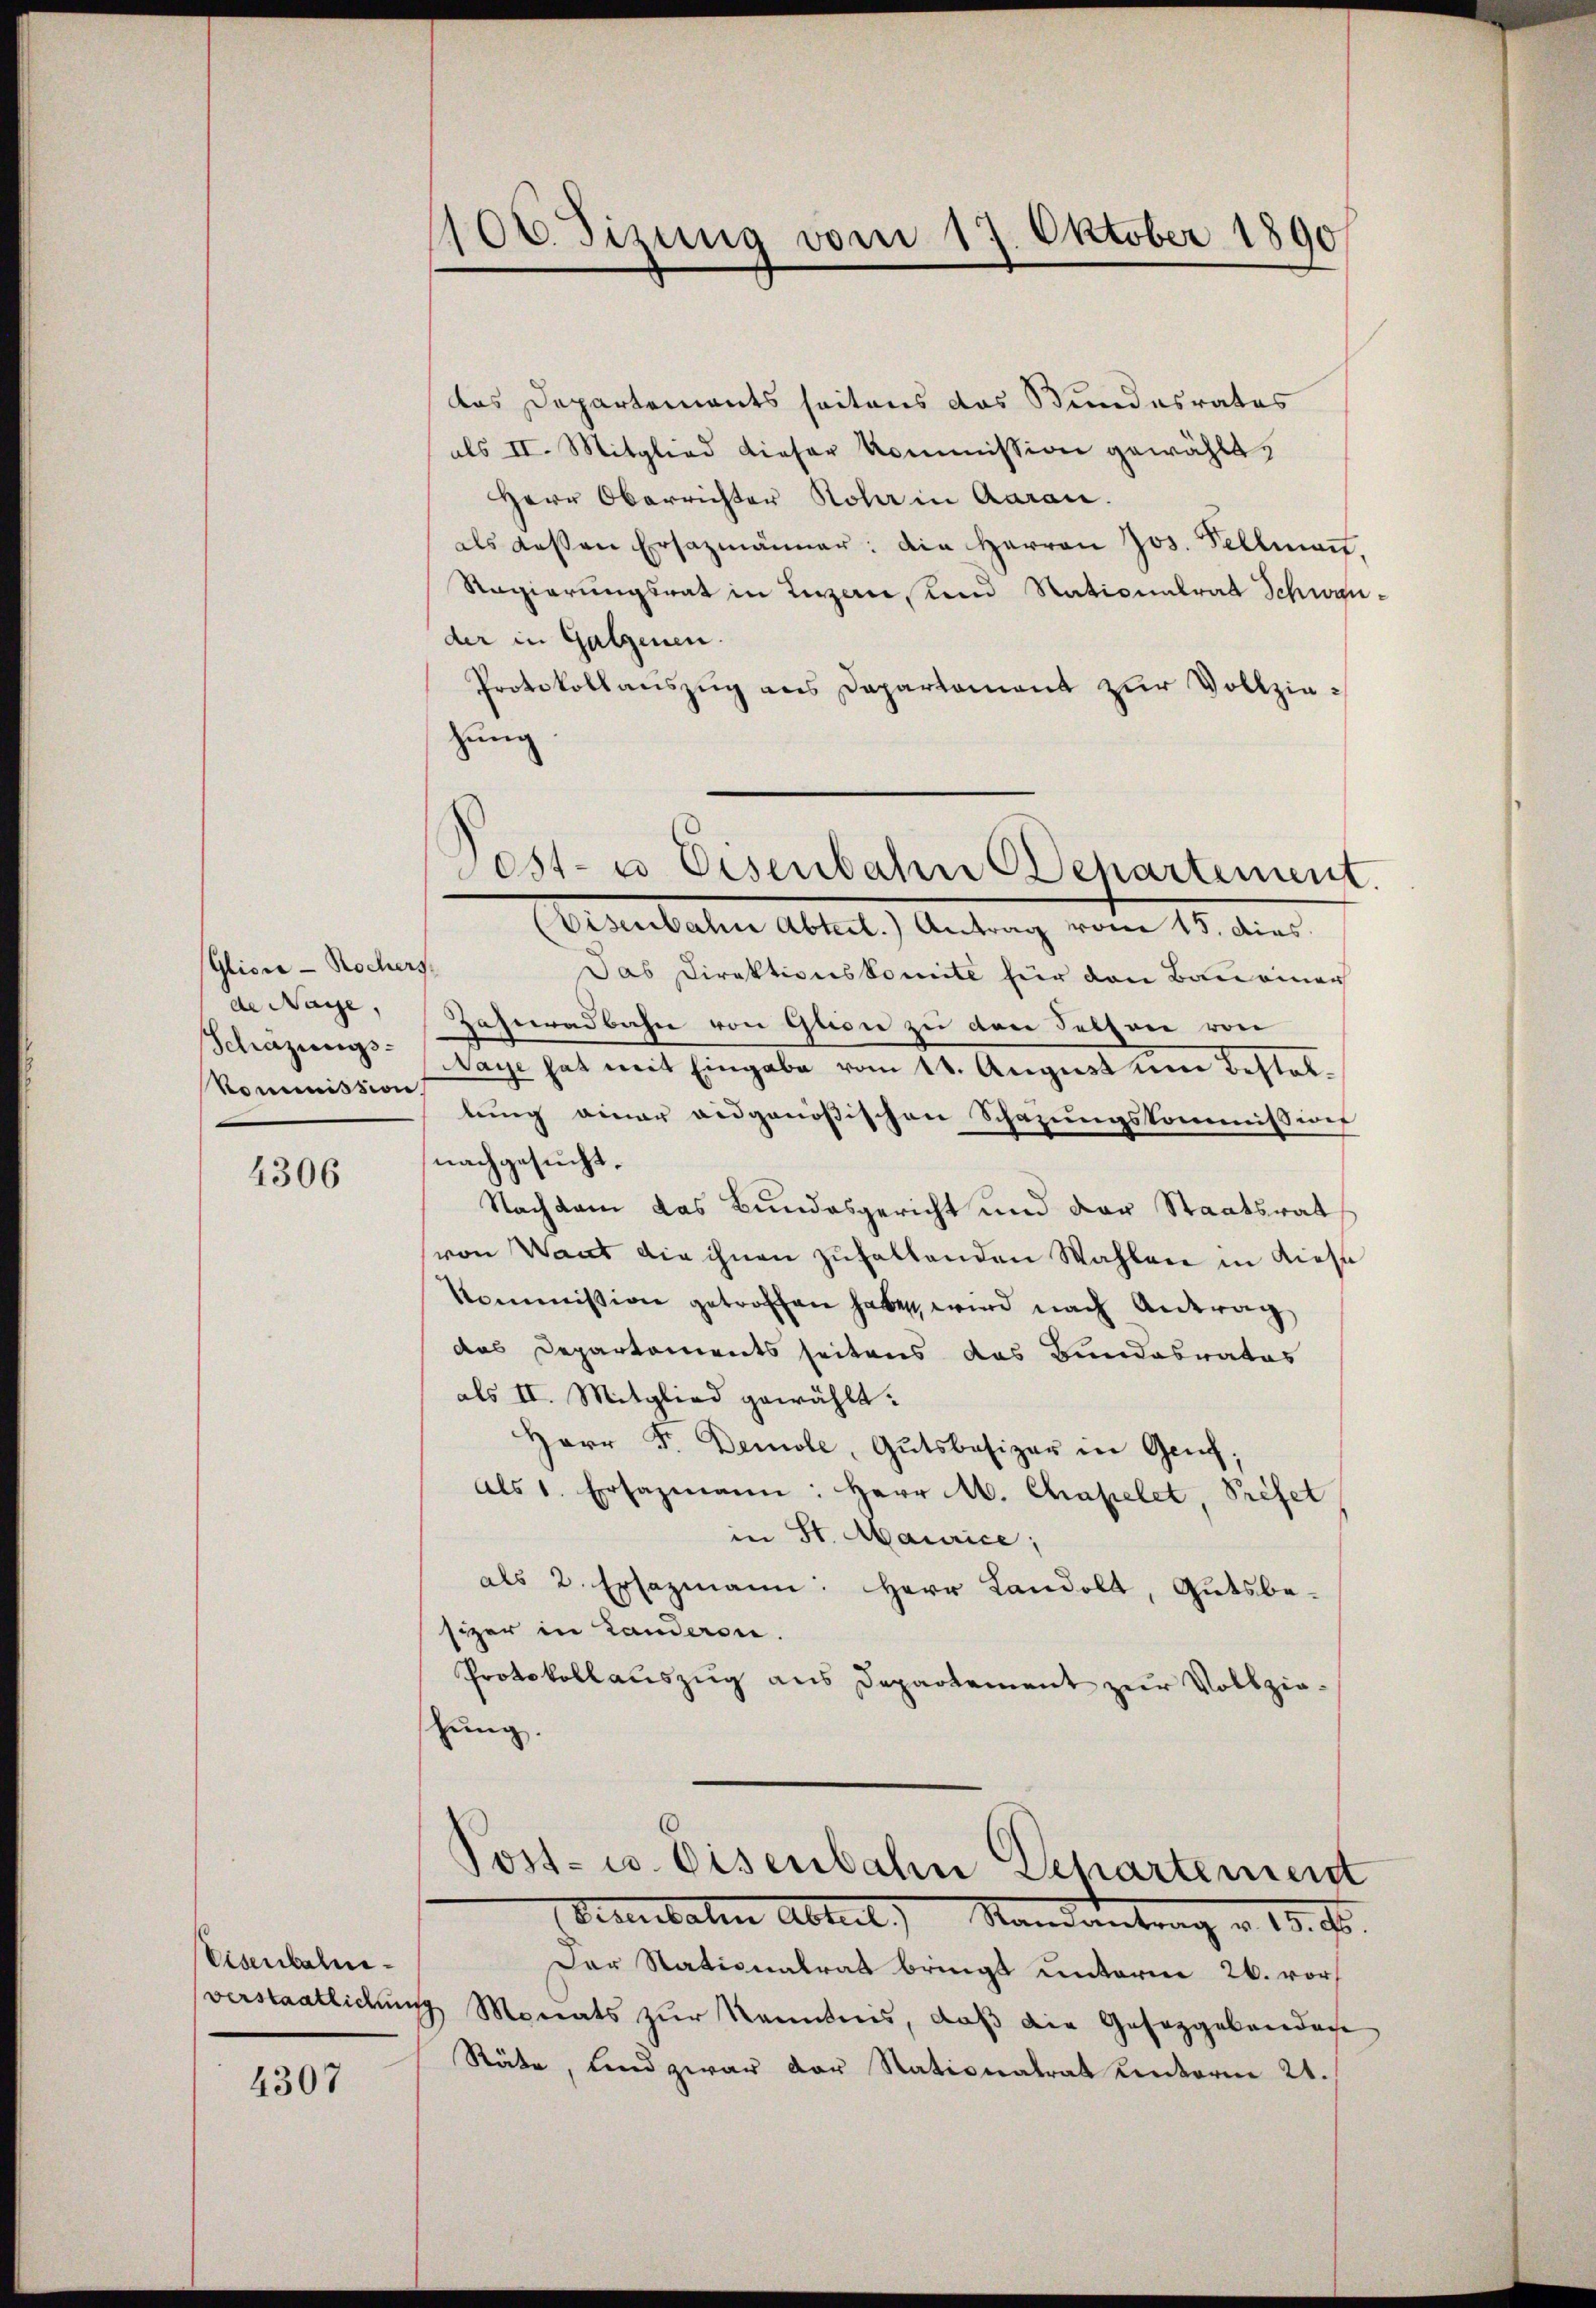
Glicie - Rochers,
de Nage,
Schazungs-
Kommission

4306

Visenbahn¬

4307

100 dizung vom 17. Oktober 1890

das Departements seitens das Bundesrates
als II. Mitglied dieser Kommission gewählt,
Herr Oberrichter Koher in Aarau
als dessen Ersazmänner: die Herren Jos. Fellmatt,
Regierungsrat in Lizen, und Nationalrat Schwander in Galzenen.
Protokollauszug aus Departement zur Vollziezung.
Eisenbahn Abtest.) Antrag vom 15. dies.
Das Direktionskomite für den Bau einer
Zahnradbahn von Glion zu den Fetzen von
Naye hat mit Eingabe vom 11. August um Bestellung einer eidgenößischen Schazungskommission
nachgesucht.
Nachdem das Bundesgericht und der Staatsrat
von Want die ihnen zufallenden Wahlen in diese
kommission getroffen habe, wird nach Antrag
das Departements seitens das Bundesrates
als II. Mitglied gewählt.
Herr F. Demole, Gutsbesizer in Genf;
als 1. Ersazmann: Herr M. Chapelet, Prefet
in St. Maurice;
als 2. Ersazmann: Herr Landolt, Gutsbesizer in Landeren.
Protokollaŭszŭg ans Departement zur Vollzie-
zung.

est- u Eisenbahn chartement.

Post- u. Eisenbahn Departement
Bereitalien Abtut) Mandantrag v. 13. Fr.

Der Stationalrat bringt unterne 26. vor
verstaatlichung Monats zur Kenntnis, daß die Gesetzgebendan
Räte, und zwar der Stationalrat unterm 21.